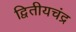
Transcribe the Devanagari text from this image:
द्वितीयचंद्र